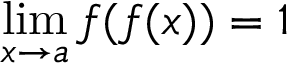
\operatorname* { l i m } _ { x \to a } f ( f ( x ) ) = 1